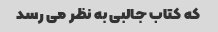
که کتاب جالبی به نظر می رسد